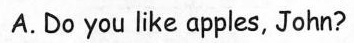
A.Do you like apples, John?